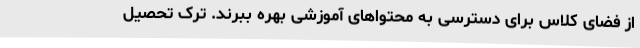
از فضای کلاس برای دسترسی به محتواهای آموزشی بهره ببرند. ترک تحصیل